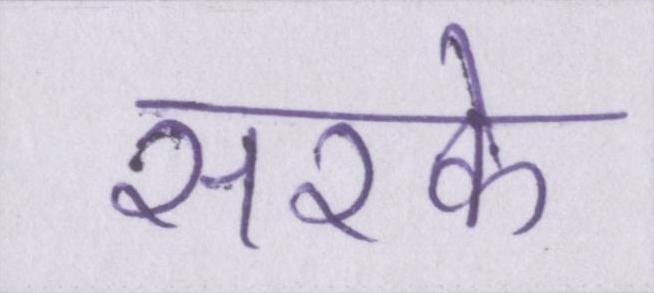
सरके